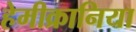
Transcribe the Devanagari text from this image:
हेमीक्रानिया